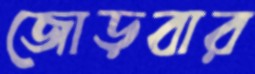
জোড়বার